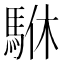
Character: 䮌